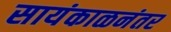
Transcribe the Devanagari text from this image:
सायंकाळनंतर